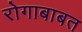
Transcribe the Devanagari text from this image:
रोगाबाबत